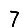
Digit: 7